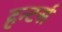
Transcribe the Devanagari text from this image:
हन्टर्स